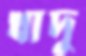
খাদু